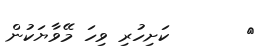
٦       ކަށިހުރި ވިހަ މޭވާޔަކުން